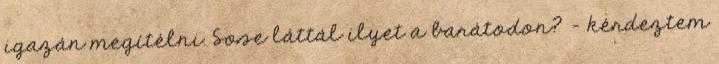
igazán megítélni. Sose láttál ilyet a barátodon? – kérdeztem